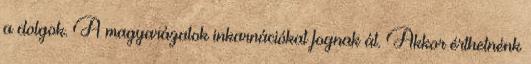
a dolgok. A magyarázatok inkarnációkat fognak át. Akkor érthetnénk